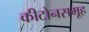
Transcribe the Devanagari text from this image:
कीटोनसमूह